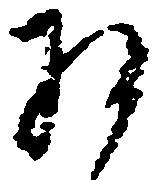
将